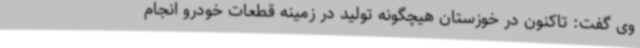
وی گفت: تاکنون در خوزستان هیچگونه تولید در زمینه قطعات خودرو انجام